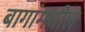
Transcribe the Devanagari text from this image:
बागांमधील